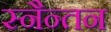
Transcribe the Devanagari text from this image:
स्नैन्तन